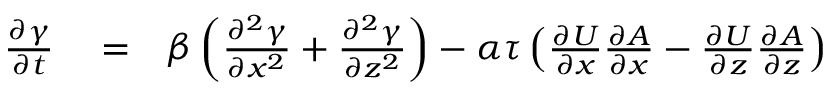
\begin{array} { r l r } { \frac { \partial \gamma } { \partial t } } & { { } = } & { \beta \left( { \frac { \partial ^ { 2 } \gamma } { \partial x ^ { 2 } } + \frac { \partial ^ { 2 } \gamma } { \partial z ^ { 2 } } } \right) - \alpha \tau \left( { \frac { \partial U } { \partial x } \frac { \partial A } { \partial x } - \frac { \partial U } { \partial z } \frac { \partial A } { \partial z } } \right) } \end{array}